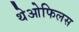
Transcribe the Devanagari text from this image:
थेओफिलस